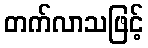
တက်လာသဖြင့်